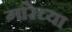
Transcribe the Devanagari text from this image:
गारेच्या